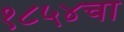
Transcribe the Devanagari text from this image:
१८५४चा